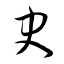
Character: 史